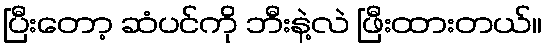
ပြီးတော့ ဆံပင်ကို ဘီးနဲ့လဲ ဖြီးထားတယ်။